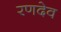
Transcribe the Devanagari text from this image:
रणदेव